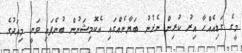
މީގެ ގަޑިއެއްހާ އިރު ކުރިން ނެރުނު ބަޔާނެއްގައި އެކޮމިޝަނުން ބުނެފައި ވަނީ މިއަދުގެ